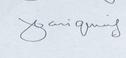
Signature authenticity: genuine